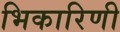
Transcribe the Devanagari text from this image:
भिकारिणी